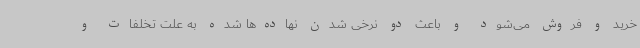
خرید و فروش می‌شود و باعث دو نرخی شدن نهاده‌ها شده به علت تخلفات و